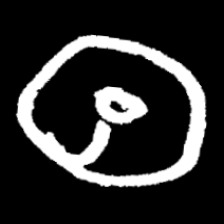
Pyu character \u2014 Myanmar letter: ထ (romanized: tha)